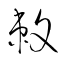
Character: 敕